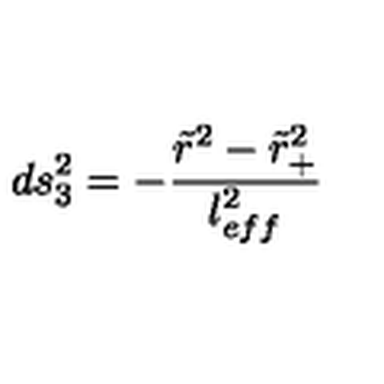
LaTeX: d s _ { 3 } ^ { 2 } = - \frac { \tilde { r } ^ { 2 } - \tilde { r } _ { + } ^ { 2 } } { l _ { e f f } ^ { 2 } }